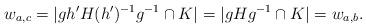
LaTeX: \begin{align*}w_{a, c} = \vert g h' H (h')^{-1} g^{-1} \cap K\vert = \vert gHg^{-1} \cap K\vert = w_{a, b}.\end{align*}